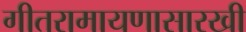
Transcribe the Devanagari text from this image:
गीतरामायणासारखी